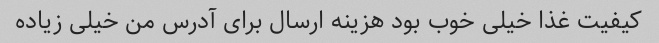
کیفیت غذا خیلی خوب بود هزینه ارسال برای آدرس من خیلی زیاده